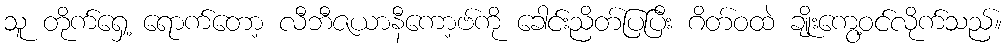
သူ တိုက်ရှေ့ ရောက်တော့ လီဘီဇယာနီကော့ဗ်ကို ခေါင်းညိတ်ပြပြီး ဂိတ်ဝထဲ ချိုးကွေ့ဝင်လိုက်သည်။